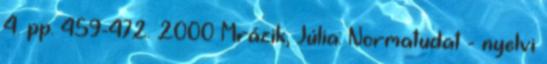
4. pp. 459-472. 2000 Mrázik, Júlia: Normatudat - nyelvi